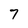
Character: 7